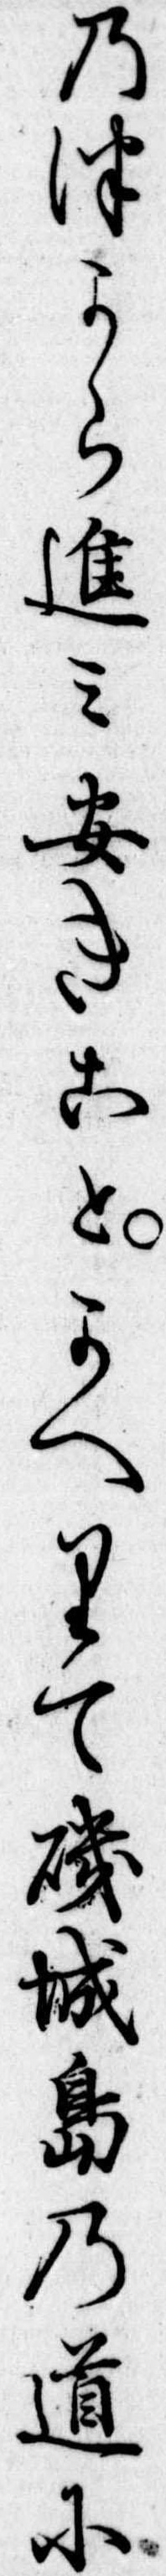
のつから進み安きことかへりて磯城島の道に